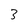
Character: 3